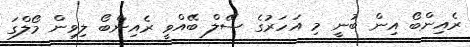
ރެއިންބޯ އިން ބުނީ މި އަހަރުގެ ސޭލް ބޭއްވީ ރެއިންބޯ ލިވިން މޯލްގަ